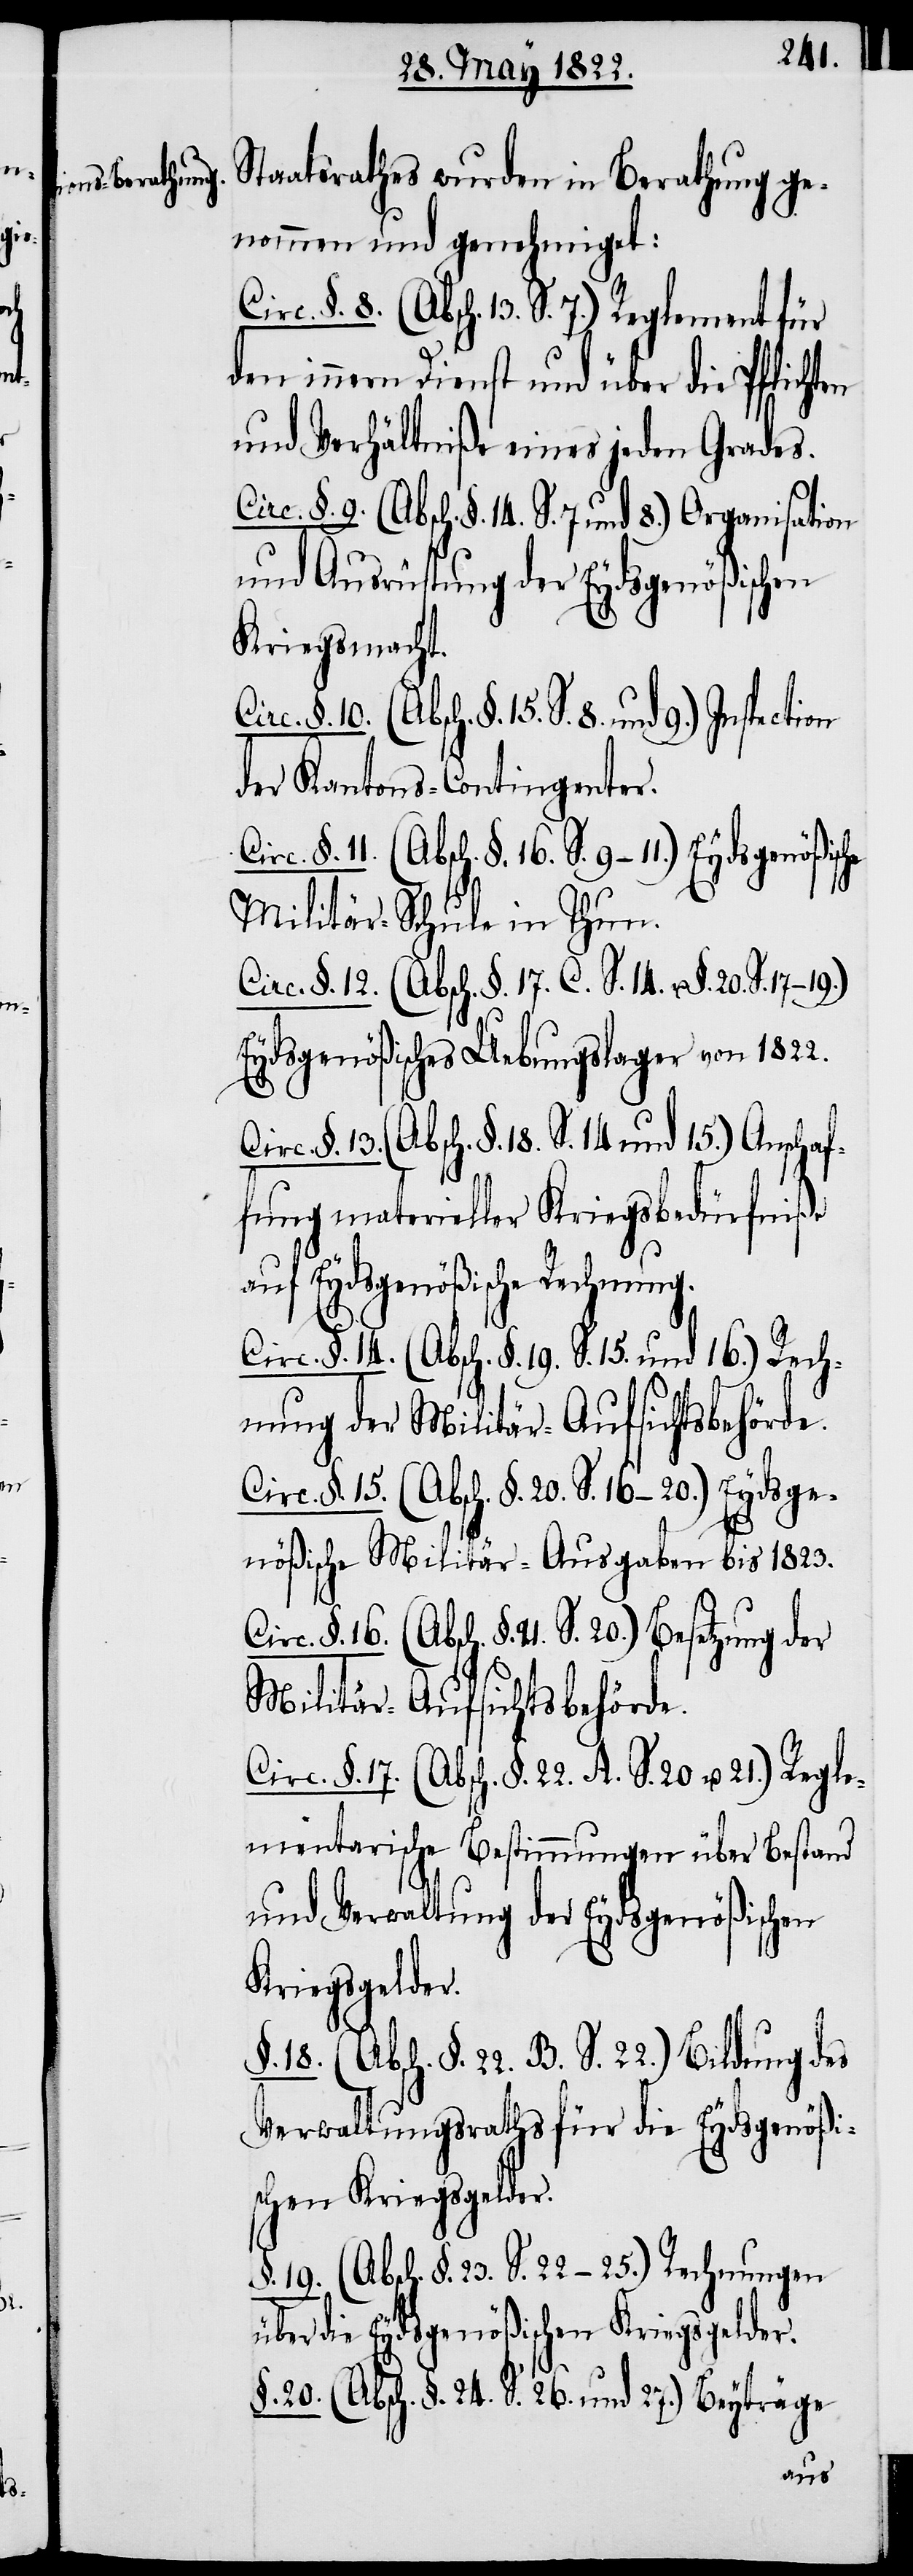
Regle¬

Staatsrathes wurden in Berathung ge¬
nommen und genehmiget:
den innern Dienst und über die Pflichten
und Verhältniße eines jeden Grades.
und Ausrüstung der Eydsgenößischen
Kriegsmacht.
der Kantons-Contingenter.
Militär-Schule in Thun.
Circ. §. 17. (Absch. §. 22. A. S. 20. u. 21.)
Eydsgenößisches Uebungslager von 1822.
fung materieller Kriegsbedürfniße
auf Eydsgenößische Rechnung.
Circ. §. 14. (Absch. §. 19. S. §5. und 16. Rech¬
tzung der Militär-Aufsichtsbehörde.
Circ. §. 16. (Absch. §. 21. S. 20.) Bese¬
Militär-Aufsichtsbehörde.
Circ. §. 8. (Absch. 13. S. 7.) Regle¬
mentarische Bestimmungen über Bestand
und Verwaltung der Eydsgenößischen
Kriegsgelder.
§. 22. B. S. 22.) Bildung des
Verwaltungsraths für die Eydsgenößi¬
schen Kriegsgelder.
§. 19. (Absch. §. 23. S. 22–25) Rechnungen
über die Eydsgenößischen Kriegsgelder.
§. 20. (Absch. §. 24. S. 26. und 27). Beyträge
anis¬